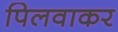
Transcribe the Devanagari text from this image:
पिलवाकर